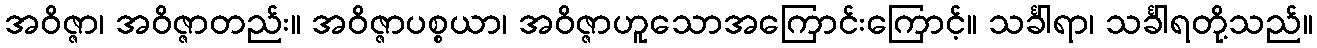
အဝိဇ္ဇာ၊ အဝိဇ္ဇာတည်း။ အဝိဇ္ဇာပစ္စယာ၊ အဝိဇ္ဇာဟူသောအကြောင်းကြောင့်။ သင်္ခါရာ၊ သင်္ခါရတို့သည်။